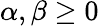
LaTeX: \alpha,\beta\geq 0